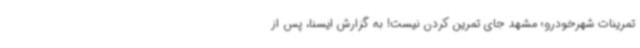
تمرینات شهرخودرو؛ مشهد جای تمرین کردن نیست! به گزارش ایسنا، پس از